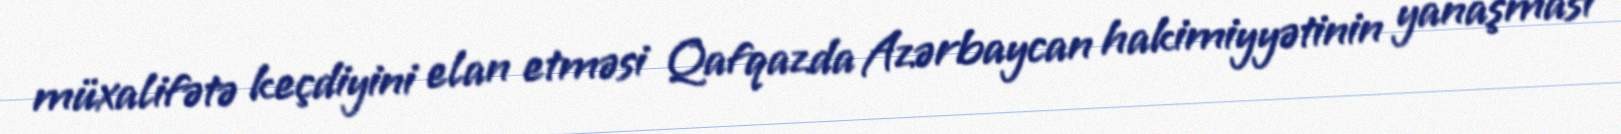
müxalifətə keçdiyini elan etməsi Qafqazda Azərbaycan hakimiyyətinin yanaşması